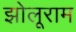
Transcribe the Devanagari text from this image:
झोलूराम